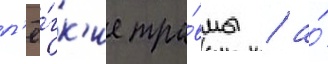
л'ё́гк'ие тра́вмы / а́